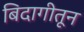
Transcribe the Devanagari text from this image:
बिदागीतून